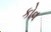
કોવ